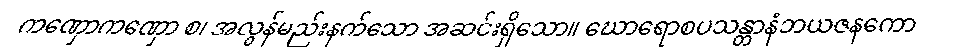
ကဏှောကဏှော စ၊ အလွန်မည်းနက်သော အဆင်းရှိသော။ ဃောရောစပသန္တာနံဘယဇနကော